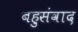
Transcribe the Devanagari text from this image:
बहुसंवाद